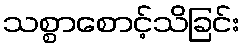
သစ္စာစောင့်သိခြင်း